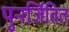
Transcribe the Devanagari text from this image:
पुनर्जिवित